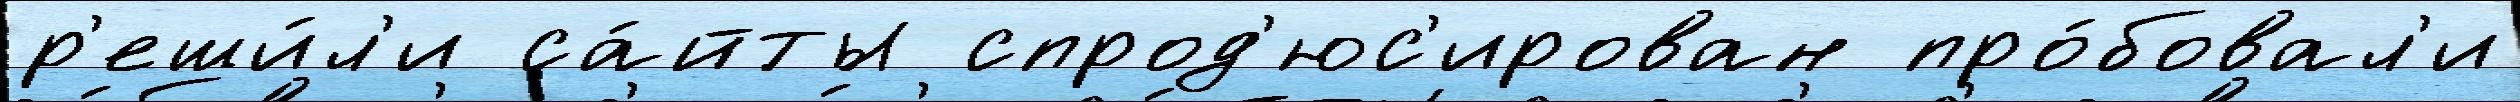
р'еши́л'и са́йты спрод'юс'ирован про́бовал'и